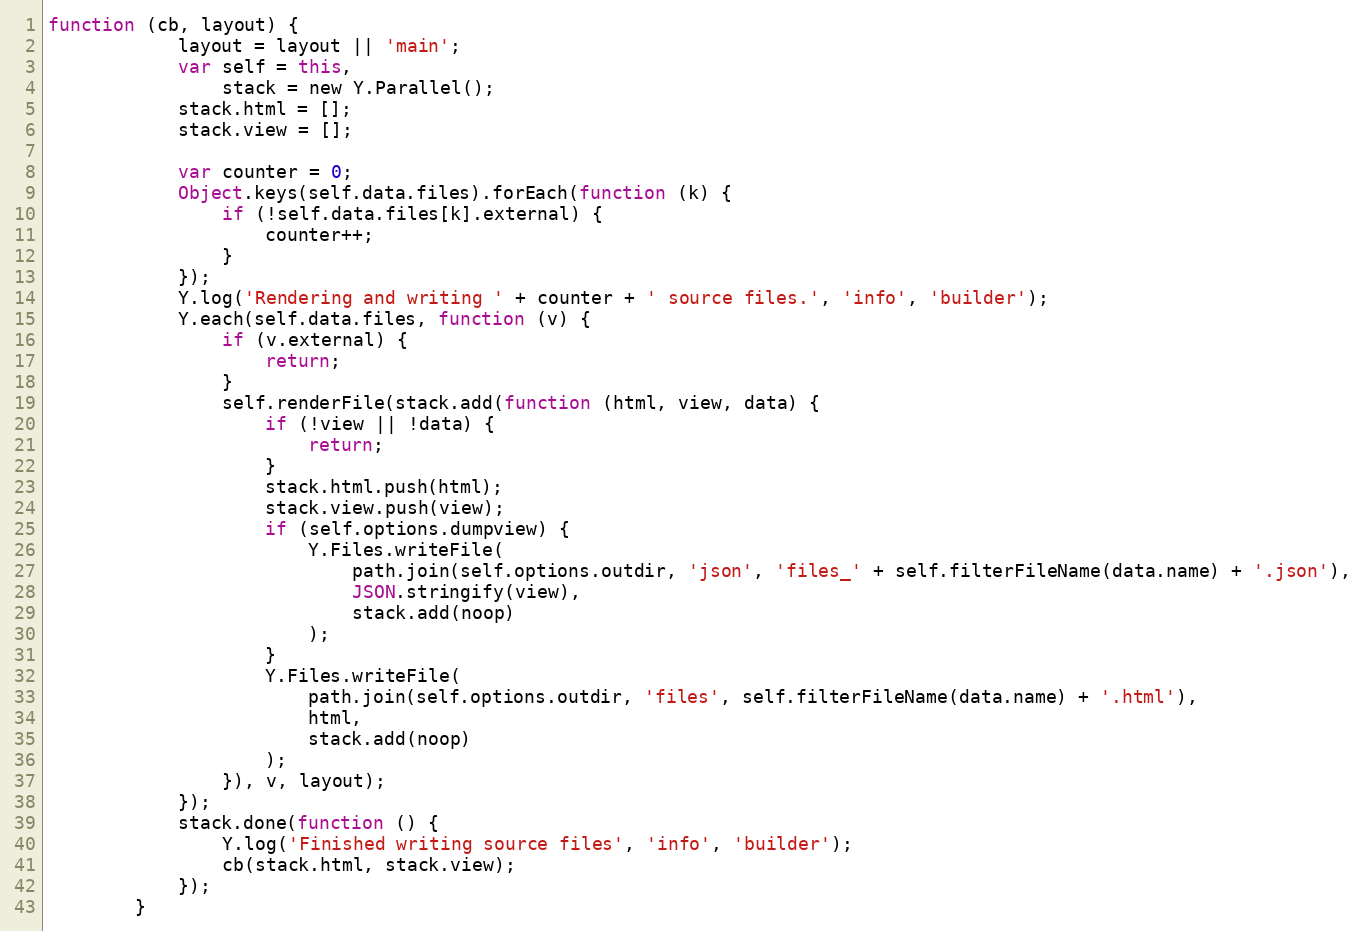
Language: JavaScript
function (cb, layout) {
            layout = layout || 'main';
            var self = this,
                stack = new Y.Parallel();
            stack.html = [];
            stack.view = [];

            var counter = 0;
            Object.keys(self.data.files).forEach(function (k) {
                if (!self.data.files[k].external) {
                    counter++;
                }
            });
            Y.log('Rendering and writing ' + counter + ' source files.', 'info', 'builder');
            Y.each(self.data.files, function (v) {
                if (v.external) {
                    return;
                }
                self.renderFile(stack.add(function (html, view, data) {
                    if (!view || !data) {
                        return;
                    }
                    stack.html.push(html);
                    stack.view.push(view);
                    if (self.options.dumpview) {
                        Y.Files.writeFile(
                            path.join(self.options.outdir, 'json', 'files_' + self.filterFileName(data.name) + '.json'),
                            JSON.stringify(view),
                            stack.add(noop)
                        );
                    }
                    Y.Files.writeFile(
                        path.join(self.options.outdir, 'files', self.filterFileName(data.name) + '.html'),
                        html,
                        stack.add(noop)
                    );
                }), v, layout);
            });
            stack.done(function () {
                Y.log('Finished writing source files', 'info', 'builder');
                cb(stack.html, stack.view);
            });
        }